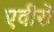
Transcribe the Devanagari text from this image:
एवीरो